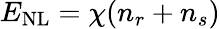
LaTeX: E_{\mathrm{NL}}=\chi({n}_{r}+{n}_{s})